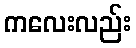
ကလေးလည်း